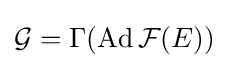
{\mathcal {G}}=\Gamma (\operatorname {Ad} {\mathcal {F}}(E))